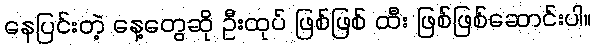
နေပြင်းတဲ့ နေ့တွေဆို ဦးထုပ် ဖြစ်ဖြစ် ထီး ဖြစ်ဖြစ်ဆောင်းပါ။